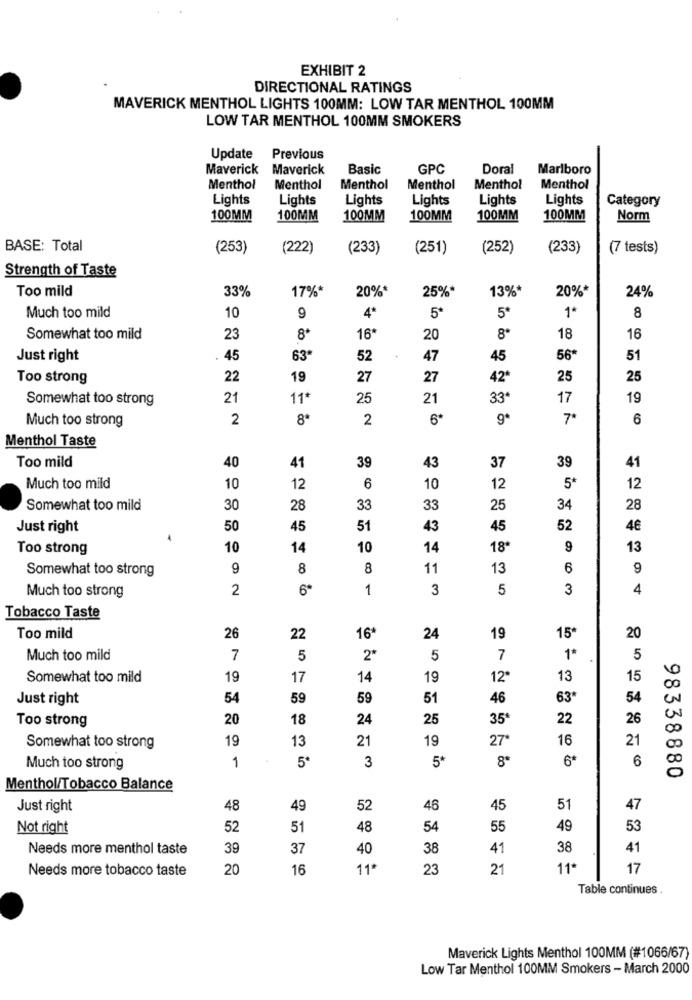
EXHIBIT 2
DIRECTIONAL RATINGS
MAVERICK MENTHOL LIGHTS 100MM: LOW TAR MENTHOL 100MM
LOW TAR MENTHOL 100MM SMOKERS
Update Previous
Maverick Maverick
Basic
GPC
Doral
Marlboro
Menthol
Menthol
Menthol
Menthol
Menthol
Menthol
Lights
Lights
Lights
Lights
Lights
Lights
Category
100MM
100MM
100MM
100MM
100MM
100MM
Norm
BASE: Total
(253)
(222)
(233)
(251)
(252)
(233)
(7 tests)
Strength of Taste
Too mild
33%
17%*
20%*
25%*
13%*
20%*
24%
1.
Much too mild
10
9
4*
5*
5*
8
Somewhat too mild
23
8*
16*
20
8ª
18
16
Just right
.
45
63*
52
47
45
56ª
51
Too strong
22
19
27
27
42ª
25
25
Somewhat too strong
21
11*
25
21
33ª
17
19
Much too strong
2
8*
2
6*
6
Menthol Taste
Too mild
41
39
40
43
37
39
41
Much too mild
10
12
6
10
12
5*
12
Somewhat too mild
30
28
33
33
25
34
28
Just right
50
45
51
43
45
52
4€
Too strong
10
14
10
14
18
9
13
Somewhat too strong
9
8
8
11
13
6
9
Much too strong
2
6ª
1
3
5
3
4
Tobacco Taste
Too mild
26
22
16
24
19
15*
20
Much too mild
7
5
2*
5
7
1*
5
Somewhat too mild
19
17
14
19
12ª
13
15
00
Just right
54
59
59
51
46
63
54
Too strong
20
18
24
25
35ª
22
26
00
19
13
21
19
16
21
Somewhat too strong
1
5*
3
5*
8*
6*
6
Much too strong
98338880
Menthol/Tobacco Balance
Just right
48
49
52
46
45
51
47
Not right
52
51
48
54
55
49
53
Needs more menthol taste
39
37
40
38
41
38
41
Needs more tobacco taste
20
16
11ª
23
21
11*
17
Table continues .
Maverick Lights Menthol 100MM (#1066/67)
Low Tar Menthol 100MM Smokers - March 2000